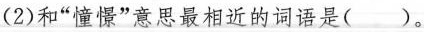
(2)和”憧憬”意思最相近的词语是()。